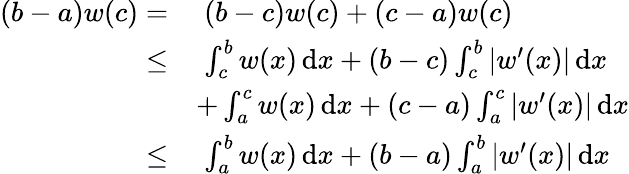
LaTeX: \begin{array}{rl}{(b-a)w(c)=}&{\; (b-c)w(c)+(c-a)w(c)}\\ {\leq}&{\; \int_{c}^{b}w(x)\, \mathrm{d}x+(b-c)\int_{c}^{b}|w^{\prime}(x)|\, \mathrm{d}x}\\ &{+\int_{a}^{c}w(x)\, \mathrm{d}x+(c-a)\int_{a}^{c}|w^{\prime}(x)|\, \mathrm{d}x}\\ {\leq}&{\; \int_{a}^{b}w(x)\, \mathrm{d}x+(b-a)\int_{a}^{b}|w^{\prime}(x)|\, \mathrm{d}x}\end{array}